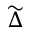
\widetilde { \Delta }